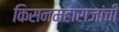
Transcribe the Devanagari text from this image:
किसनमहाराजांची